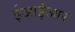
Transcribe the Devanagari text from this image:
ईआईआर